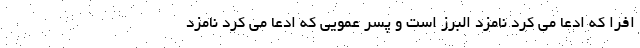
افرا که ادعا می کرد نامزد البرز است و پسر عمویی که ادعا می کرد نامزد